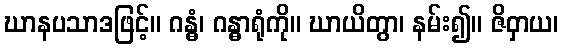
ဃာနပသာဒဖြင့်။ ဂန္ဓံ၊ ဂန္ဓာရုံကို။ ဃာယိတွာ၊ နမ်း၍။ ဇိဝှာယ၊